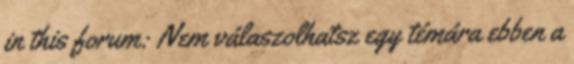
in this forum: Nem válaszolhatsz egy témára ebben a